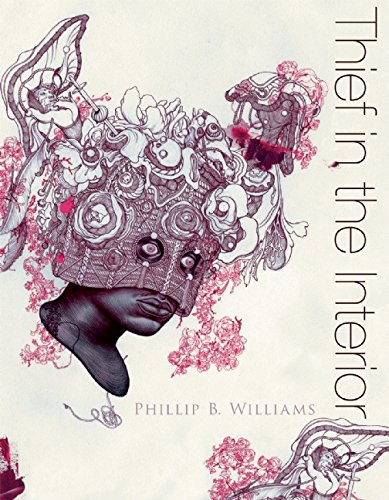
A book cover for Thief in the Interior; Phillip B. Williams; Gay & Lesbian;